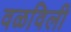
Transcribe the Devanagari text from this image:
वळविली